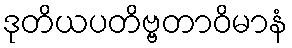
ဒုတိယပတိဗ္ဗတာဝိမာနံ